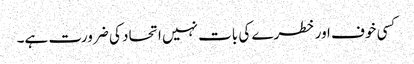
کسی خوف اور خطرے کی بات نہیں اتحاد کی ضرورت ہے۔